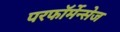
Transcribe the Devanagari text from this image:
परफॉर्मेन्सेज